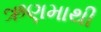
ઋણમાથી